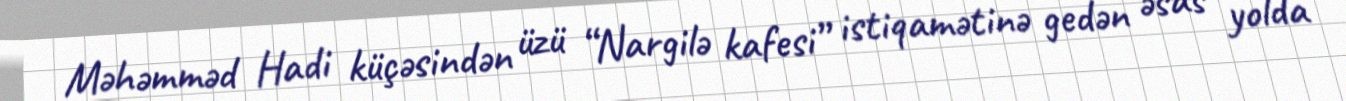
Məhəmməd Hadi küçəsindən üzü “Nargilə kafesi” istiqamətinə gedən əsas yolda